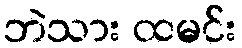
ဘဲသား ထမင်း